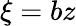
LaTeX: \xi=bz